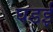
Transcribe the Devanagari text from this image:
घडई